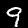
Digit: 9